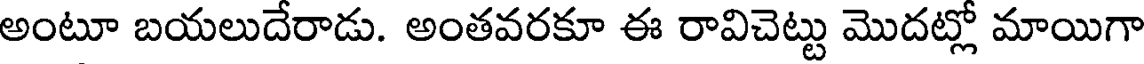
అంటూ బయలుదేరాడు. అంతవరకూ ఈ రావిచెట్టు మొదట్లో మాయిగా